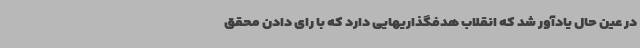
در عین حال یادآور شد که انقلاب هدفگذاریهایی دارد که با رای دادن محقق